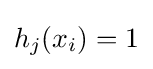
h_{j}(x_{i})=1